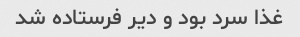
غذا سرد بود و دیر فرستاده شد